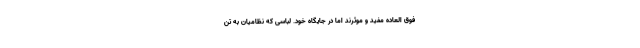
فوق العاده مفید و موثرند اما در جایگاه خود. لباسی که نظامیان به تن